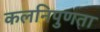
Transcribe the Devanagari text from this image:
कलनिपुणता